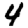
Digit: 4